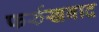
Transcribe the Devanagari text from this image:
फर्रुखबाद